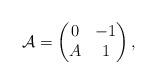
LaTeX: \begin{align*}\mathcal{A}=\begin{pmatrix}0 & -1\\A & 1\end{pmatrix}, \end{align*}